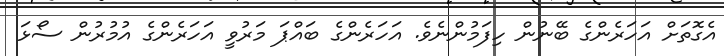
އެގޮތަށް އަަހަރެންގެ ބޭނުން ހިފަމުންނެވެ. އަހަރެންގެ ބައްޕަ މަރުވީ އަހަރެންގެ އުމުރުން ސޯޅަ